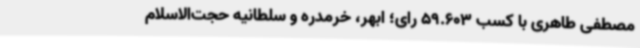
مصطفی طاهری با کسب 59.603 رای؛ ابهر، خرمدره و سلطانیه حجت‌الاسلام